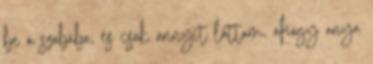
be a szobába, és csak annyit láttam, ahogy anya